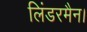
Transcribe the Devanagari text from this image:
लिंडरमैन।